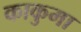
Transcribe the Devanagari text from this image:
काकुमा